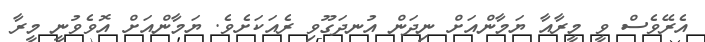
އެރޭވެސް ވީ މީރާއާ ޔަމާންއަށް ނިދަން އުނދަގޫވި ރެއަކަށެވެ. ޔަމާންއަށް އޮވެވުނީ މީރާ